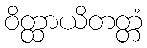
ဝိတ္ထာယိတတ္တံ